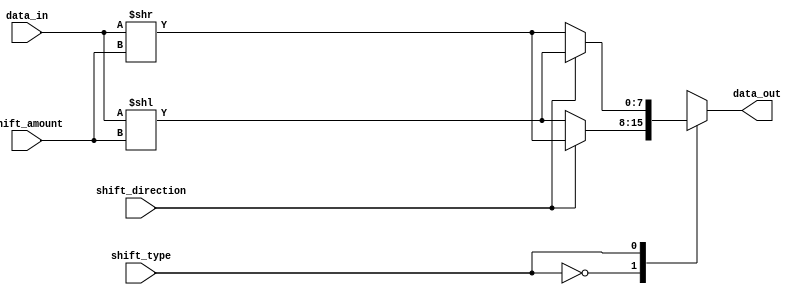
module hybrid_barrel_shifter (
    input wire [7:0] data_in,
    input wire [1:0] shift_amount,
    input wire shift_direction,
    input wire shift_type,
    output reg [7:0] data_out
);

wire [7:0] shifted_data;

always @* begin
    case (shift_type)
        2'b00: begin // logical shift right
            if (shift_direction)
                shifted_data = data_in >> shift_amount;
            else
                shifted_data = data_in << shift_amount;
        end
        2'b01: begin // logical shift left
            if (shift_direction)
                shifted_data = data_in << shift_amount;
            else
                shifted_data = data_in >> shift_amount;
        end
        2'b10: begin // arithmetic shift right
            if (shift_direction)
                shifted_data = data_in >>> shift_amount;
            else
                shifted_data = data_in <<< shift_amount;
        end
        2'b11: begin // arithmetic shift left
            if (shift_direction)
                shifted_data = data_in <<< shift_amount;
            else
                shifted_data = data_in >>> shift_amount;
        end
    endcase
end

assign data_out = shifted_data;

endmodule